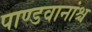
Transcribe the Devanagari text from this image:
पाण्डवानांश्च